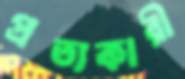
প্রত্যকারী